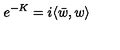
e ^ { - K } = i \langle \bar { w } , w \rangle